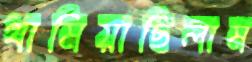
থামিয়াছিলাম